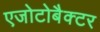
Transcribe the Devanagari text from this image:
एजोटोबैक्टर